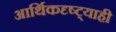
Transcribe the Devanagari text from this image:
आर्थिकदृष्ट्याही